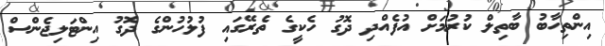
އިންތިހާބު ބާތިލް ކުރުމަށް އުފެެއްދި ދޮގު ހެކީގެ ތެރޭގައި ފުލުހުންގެ ދޮގު އިންޓަލިޖެންސް